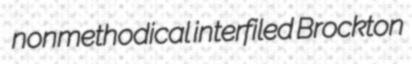
nonmethodical interfiled Brockton